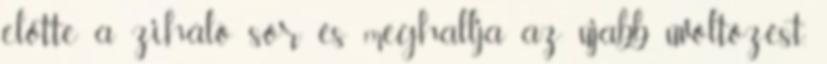
előtte a ziháló sor és meghallja az újabb üvöltözést.